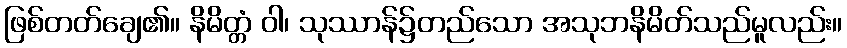
ဖြစ်တတ်ချေ၏။ နိမိတ္တံ ဝါ၊ သုဿာန်၌တည်သော အသုဘနိမိတ်သည်မူလည်း။